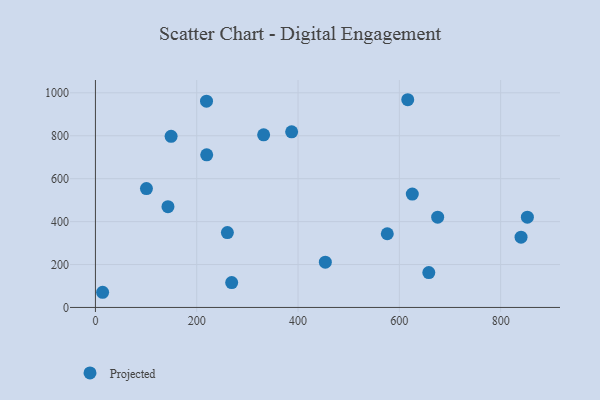
{"axis": {"x": "Ad Spend", "y": "Exam Score"}, "legend": ["Projected"], "data": [{"x": "14.2", "y": 70.7, "type": "Projected"}, {"x": "269.0", "y": 115.9, "type": "Projected"}, {"x": "387.4", "y": 818.2, "type": "Projected"}, {"x": "453.9", "y": 211.0, "type": "Projected"}, {"x": "219.7", "y": 711.0, "type": "Projected"}, {"x": "658.2", "y": 162.7, "type": "Projected"}, {"x": "332.1", "y": 804.4, "type": "Projected"}, {"x": "219.3", "y": 961.1, "type": "Projected"}, {"x": "260.5", "y": 348.8, "type": "Projected"}, {"x": "625.6", "y": 528.1, "type": "Projected"}, {"x": "840.3", "y": 327.6, "type": "Projected"}, {"x": "149.4", "y": 797.5, "type": "Projected"}, {"x": "100.7", "y": 553.9, "type": "Projected"}, {"x": "675.7", "y": 420.8, "type": "Projected"}, {"x": "616.6", "y": 967.8, "type": "Projected"}, {"x": "143.2", "y": 469.6, "type": "Projected"}, {"x": "576.2", "y": 343.4, "type": "Projected"}, {"x": "852.8", "y": 420.4, "type": "Projected"}]}